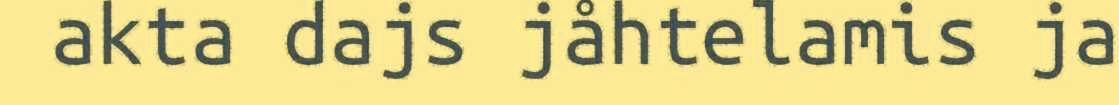
akta dajs jåhtelamis ja